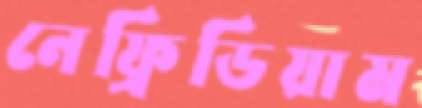
নেফ্রিডিয়াম